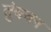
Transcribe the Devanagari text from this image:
तुंबवन